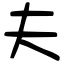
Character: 夫